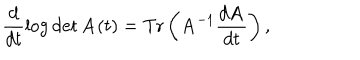
LaTeX: \frac d { d t } \log \det { \bf A } ( t ) = \mathrm { T } \mathrm { r } \left( { \bf A } ^ { - 1 } \frac { d { \bf A } } { d t } \right) ,